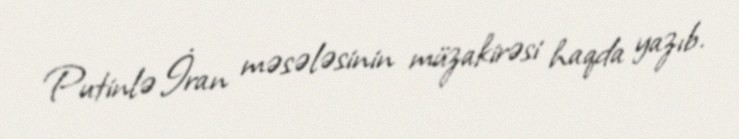
Putinlə İran məsələsinin müzakirəsi haqda yazıb.